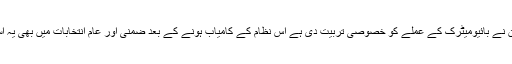
الیکشن کمیشن نے بائیومیٹرک کے عملے کو خصوصی تربیت دی ہے اس نظام کے کامیاب ہونے کے بعد ضمنی اور عام انتخابات میں بھی یہ استعمال ہو گا۔